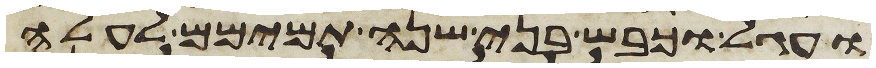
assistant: ועגל וכבש בני שנה תמימם לעלה